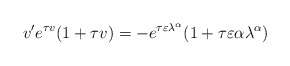
\begin{align*} v' e^{\tau v}(1 + \tau v) = -e^{\tau \varepsilon \lambda^\alpha}(1 + \tau \varepsilon\alpha \lambda^\alpha) \end{align*}